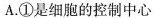
A. ①是细胞的控制中心